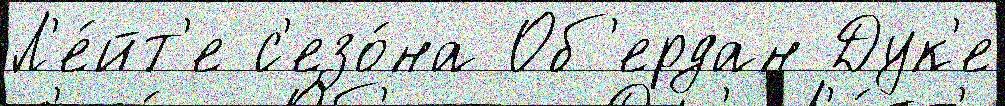
Л'е́йт'е с'езо́на Об'ердан Дук'е